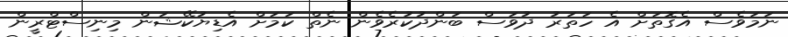
ނަމަވެސް އެގޮތަށް އެ ހަތަރު ދުވަސް ބަންދުކުރެވެން ނެތް ކަމަށް އެޑިޔުކޭޝަން މިނިސްޓްރީން